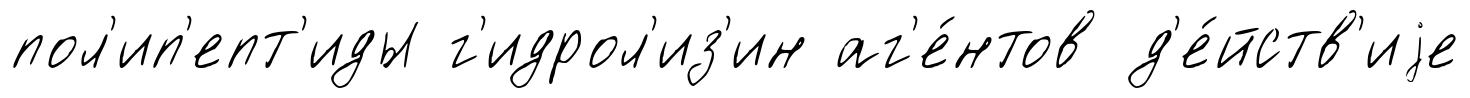
пол'ип'епт'иды г'идрол'из'ин аг'е́нтов д'е́йств'иjе